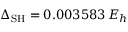
\Delta _ { \mathrm { S H } } = 0 . 0 0 3 5 8 3 \, E _ { h }